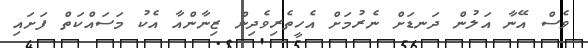
ވެސް އޭނާ އަލުން ދަނޑަށް ނެރުމަށް އެހީތެރިވެދިން ޒިނާންއާ އެކު މަސައްކަތް ފަށައި